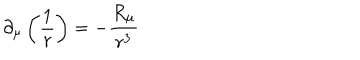
LaTeX: \partial _ { \mu } \left( \frac 1 r \right) = - \frac { R _ { \mu } } { r ^ { 3 } }